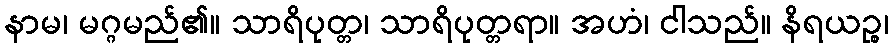
နာမ၊ မဂ္ဂမည်၏။ သာရိပုတ္တ၊ သာရိပုတ္တရာ။ အဟံ၊ ငါသည်။ နိရယဉ္စ၊